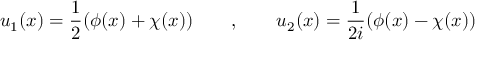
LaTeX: u _ { 1 } ( x ) = \frac { 1 } { 2 } ( \phi ( x ) + \chi ( x ) ) \qquad , \qquad u _ { 2 } ( x ) = \frac { 1 } { 2 i } ( \phi ( x ) - \chi ( x ) )